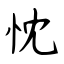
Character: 忱